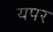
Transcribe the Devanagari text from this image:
यपर